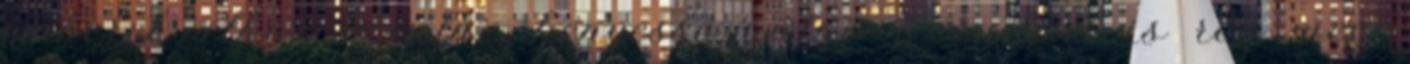
emberek elkorcsosulni, kényessé válni. a radart is rég meg